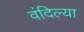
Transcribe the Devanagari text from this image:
वंदिल्या